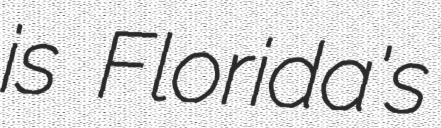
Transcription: is Florida's